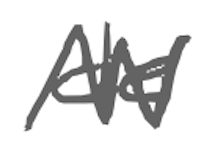
Text: de
Cross-out: zig-zag
Writing tool: digital_gray